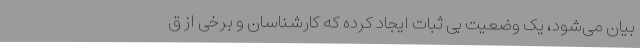
بیان می‌شود، یک وضعیت بی ثبات ایجاد کرده که کارشناسان و برخی از ق